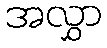
အလွှာ